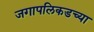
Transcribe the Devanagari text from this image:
जगापलिकडच्या